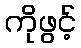
ကိုဖွင့်